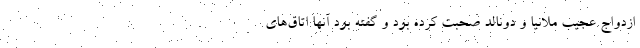
ازدواج عجیب ملانیا و دونالد صحبت کرده بود و گفته بود آنها اتاق‌های